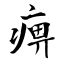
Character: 痹